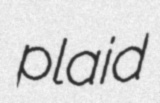
plaid